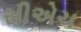
સીએચ